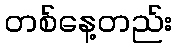
တစ်နေ့တည်း